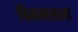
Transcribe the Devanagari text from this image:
विमलसभा